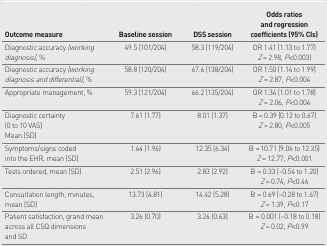
<table><thead><tr><td><b>Outcome measure</b></td><td><b>Baseline session</b></td><td><b>DSS session</b></td><td><b>Odds ratios and regression coefficients (95% CIs)</b></td></tr></thead><tbody><tr><td>Diagnostic accuracy <i>(working diagnosis)</i>, %</td><td>49.5 (101/204)</td><td>58.3 (119/204)</td><td>OR 1.41 (1.13 to 1.77)<i>Z</i>= 2.98, <i>P</i>&lt;0.003)</td></tr><tr><td>Diagnostic accuracy <i>(working diagnosis and differential)</i>, %</td><td>58.8 (120/204)</td><td>67.6 (138/204)</td><td>OR 1.50 (1.14 to 1.99)<i>Z</i>= 2.87, <i>P</i>&lt;0.004</td></tr><tr><td>Appropriate management, %</td><td>59.3 (121/204)</td><td>66.2 (135/204)</td><td>OR 1.34 (1.01 to 1.78)<i>Z</i>= 2.06, <i>P</i>&lt;0.004</td></tr><tr><td>Diagnostic certainty (0 to 10 VAS)Mean (SD)</td><td>7.61 (1.77)</td><td>8.01 (1.37)</td><td>B = 0.39 (0.12 to 0.67)<i>Z</i> = 2.80, <i>P</i>&lt;0.005</td></tr><tr><td>Symptoms/signs coded into the EHR, mean (SD)</td><td>1.64 (1.96)</td><td>12.35 (6.34)</td><td>B <i>=</i> 10.71 (9.06 to 12.35)<i>Z</i>= 12.77, <i>P</i>&lt;0.001</td></tr><tr><td>Tests ordered, mean (SD)</td><td>2.51 (2.96)</td><td>2.83 (2.92)</td><td>B =0.33 (−0.54 to 1.20)<i>Z</i>= 0.74, <i>P</i>&lt;0.46</td></tr><tr><td>Consultation length, minutes, mean (SD)</td><td>13.73 (4.81)</td><td>14.42 (5.28)</td><td>B =0.69 (−0.28 to 1.67)<i>Z</i>= 1.39, <i>P</i>&lt;0.17</td></tr><tr><td>Patient satisfaction, grand mean across all CSQ dimensions and SD</td><td>3.26 (0.70)</td><td>3.26 (0.63)</td><td>B =0.001 (−0.18 to 0.18)<i>Z</i>= 0.02, <i>P</i>&lt;0.99</td></tr></tbody></table>